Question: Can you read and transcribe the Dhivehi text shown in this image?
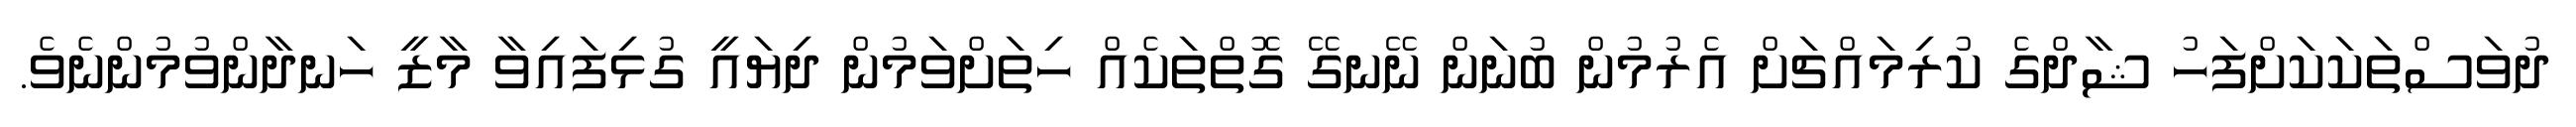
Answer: ދުވަސްތަކަކަށްފަހު ޝާދްގެ ކުރިމައްޗަށް އެރުމުން ބުނަން ނޭނގޭ ގޮތްތަކެއް ހިތަށްވަމުން ދިޔައީ ގުޅިފައިވާ މާޒީ ހަނދާންވުމުންނެވެ.